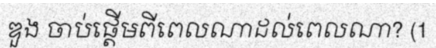
ឌួង ចាប់ផ្តើមពីពេលណាដល់ពេលណា? (1